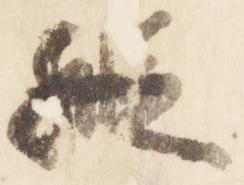
縦